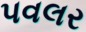
પવલર